Civil Veterinary Dept. North-West Frontier Province 1923-32 - 1923-1932
Year: 1923
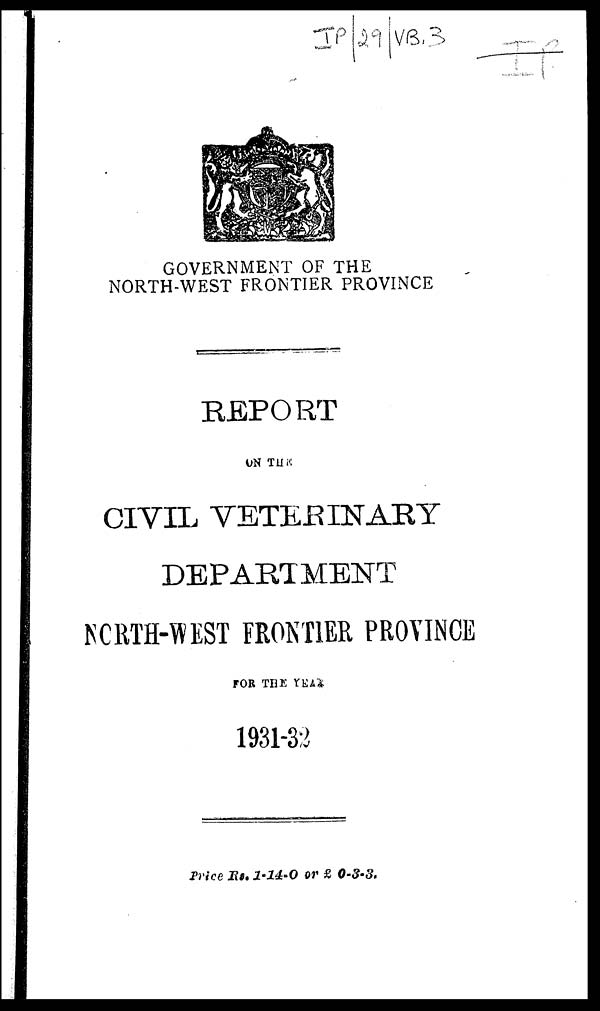
GOVERNMENT OF THE
NORTH-WEST FRONTIER PROVINCE
REPORT
ON THE
CIVIL VETERINARY
DEPARTMENT
NORTH-WEST FRONTIER PROVINCE
FOR THE YEAR
1931-32
Price Rs. 1-14-0 or £ 0-3-3.